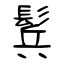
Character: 鬂